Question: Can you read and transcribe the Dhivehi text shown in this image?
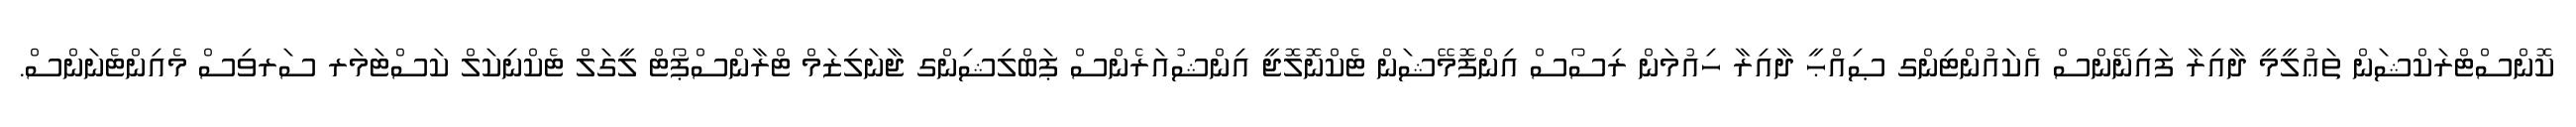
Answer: ކޮންސްޓްރަކްޝަން ތަޢުލީމީ ދާއިރާ ފައިނޭންސް އެކައުންޓިންގ ޞިއްޙީ ދާއިރާ ހިއުމަން ރިސޯސް އިންފޮމޭޝަން ޓެކްނޮލޮޖީ އިންޝުއަރެންސް ޕަބްލިޝިންގ ޖާނަލިޒަމް ޓްރާންސްޕޯޓް ލީގަލް ޓެކްނިކަލް ކަސްޓަމަރ ސަރވިސް މެއިންޓެނަންސް.